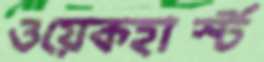
ওয়েকহার্স্ট